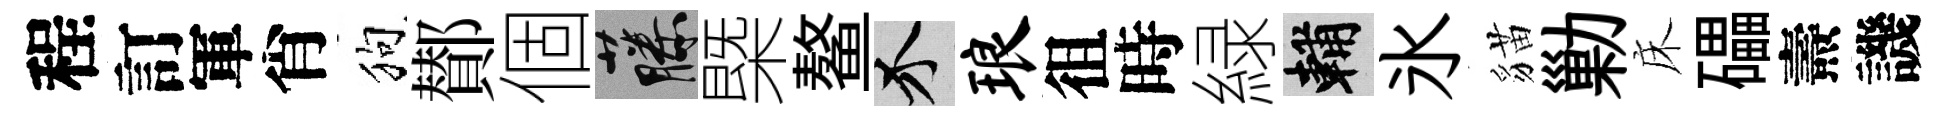
程訂軍肖狗鄼個藤槩鳌介琅徂時緑輔氷貓勦床礧燾譏